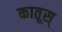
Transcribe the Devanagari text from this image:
कातूस्